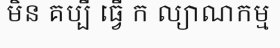
មិន គប្បី ធ្វើ ក ល្យាណកម្ម